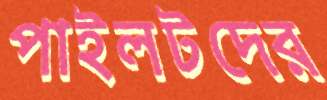
পাইলটদের